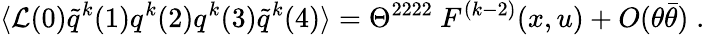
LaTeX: \langle{\cal L}(0)\tilde{q}^{k}(1)q^{k}(2)q^{k}(3)\tilde{q}^{k}(4)\rangle=\Theta^{2222}\ F^{(k-2)}(x,u)+O(\theta\bar{\theta})\; .